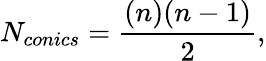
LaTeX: N_{conics}=\frac{(n)(n-1)}{2},